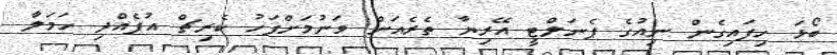
ބޯޅަ ހިފައިގެން ނިއުގެ ޕެނަލްޓީ އޭރިޔާ ތެރެއަށް ވަނުމަށްފަހު ކެރިޗް އުފެއްދި ހަމަލާ